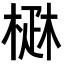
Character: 𤴜